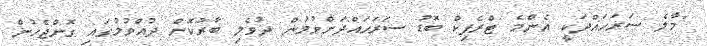
"މާލެ ސަރަހައްދަކީ އެންމެ ޓްރެފިކް ބޮޑު ސަރަހައްދަށްވުމުން ދުވެލި ބާރުކޮށް ދުއްވުމުގައި ގޮންޖެހުން